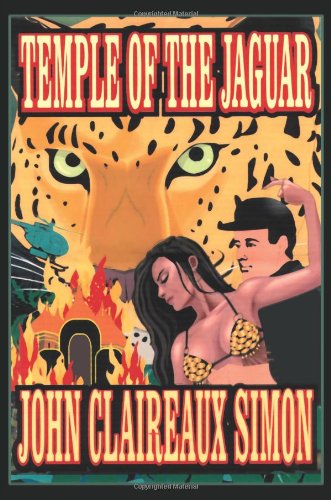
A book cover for Temple of the Jaguar; John Simon; Romance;